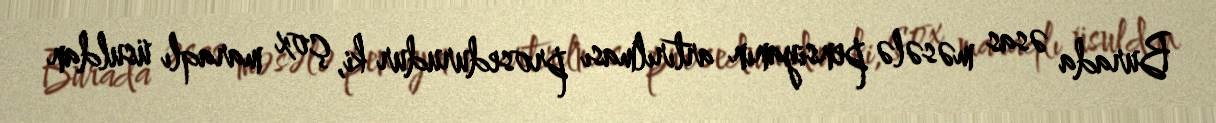
Burada əsas məsələ pensiyanın artırılması prosedurudur ki, çox maraqlı üsuldan